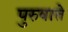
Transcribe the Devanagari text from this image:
पुरुषाते